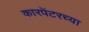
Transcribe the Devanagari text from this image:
कारपेंटरच्या